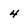
Character: 4